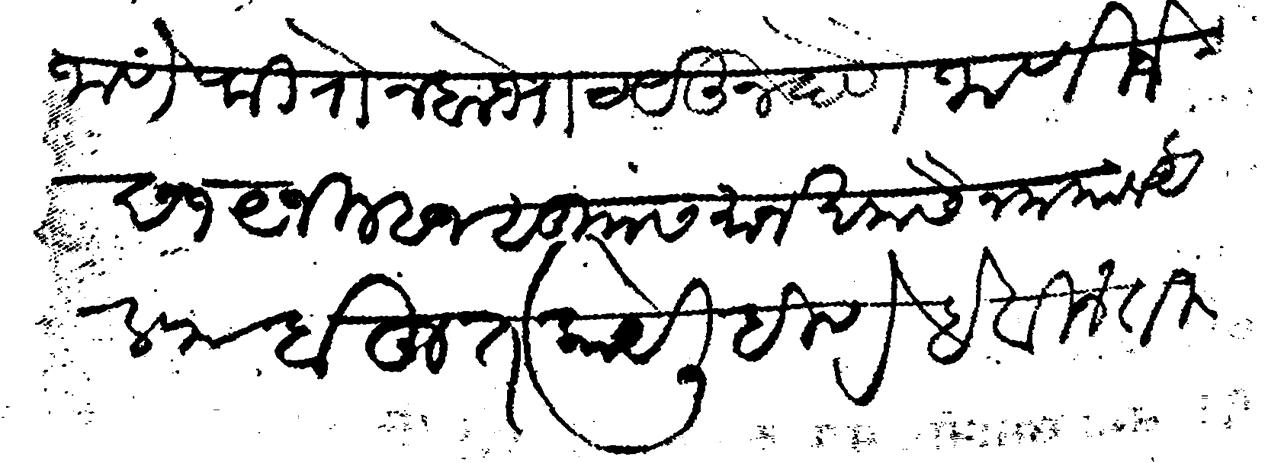
Transliteration (Devanagari): जाणे फिरोन बोभाट येऊ न देणे जाणिजे छ १९ जिल्हेज सु समान खमसैन मया व अलफ बहुत काय लिहिणे हे विनंती